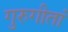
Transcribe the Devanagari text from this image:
गुरुगीतां